Vaccination in Bombay 1869-1873 - 1869-1873
Year: 1869
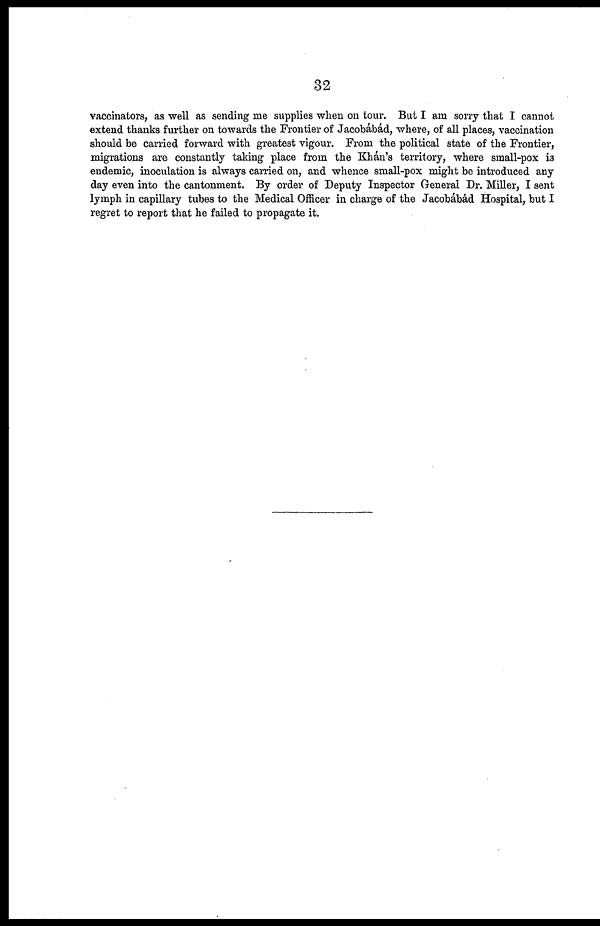
32
vaccinators, as well as sending me supplies when on tour. But I am sorry that I cannot
extend thanks further on towards the Frontier of Jacobábád, where, of all places, vaccination
should be carried forward with greatest vigour. From the political state of the Frontier,
migrations are constantly taking place from the Khán's territory, where small-pox is
endemic, inoculation is always carried on, and whence small-pox might be introduced any
day even into the cantonment. By order of Deputy Inspector General Dr. Miller, I sent
lymph in capillary tubes to the Medical Officer in charge of the Jacobábád Hospital, but I
regret to report that he failed to propagate it.